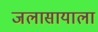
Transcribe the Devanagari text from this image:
जलासायाला